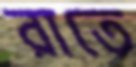
রাতে